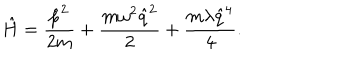
\hat { H } = \frac { \hat { p } ^ { 2 } } { 2 m } + \frac { m \omega ^ { 2 } \hat { q } ^ { 2 } } { 2 } + \frac { m \lambda \hat { q } ^ { 4 } } { 4 } .